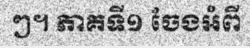
ៗ។ ភាគទី១ ចែងអំពី